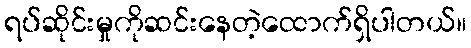
ရပ်ဆိုင်းမှုကိုဆင်းနေတဲ့ထောက်ရှိပါတယ်။